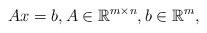
LaTeX: \begin{align*}Ax=b,A\in\mathbb{R}^{m\times n},b\in\mathbb{R}^{m},\end{align*}